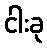
ငါးခု